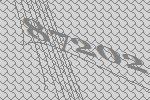
87202